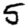
Digit: 5